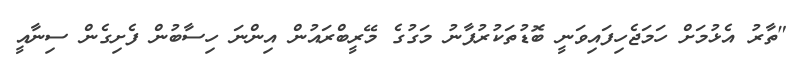
"ތާރު އެޅުމަށް ހަމަޖެހިފައިވަނީ ބޮޑުތަކުރުފާނު މަގުގެ މޭރީބްރައުން އިންނަ ހިސާބުން ފެށިގެން ސިނާއީ